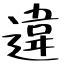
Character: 違